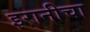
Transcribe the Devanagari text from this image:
इरानीचा